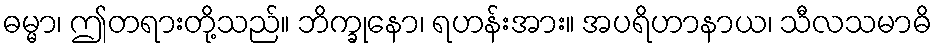
ဓမ္မာ၊ ဤတရားတို့သည်။ ဘိက္ခုနော၊ ရဟန်းအား။ အပရိဟာနာယ၊ သီလသမာဓိ